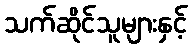
သက်ဆိုင်သူများနှင့်